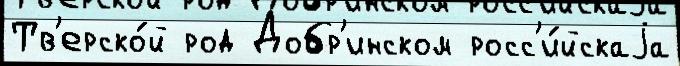
Тв'ерско́й род Добр'инском росс'и́йскаjа